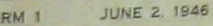
RM 1 JUNE 2. 1946